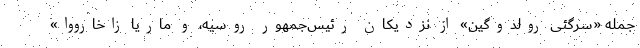
جمله «سرگئی رولدوگین» از نزدیکان رئیس‌جمهور روسیه، و ماریا زاخارووا»